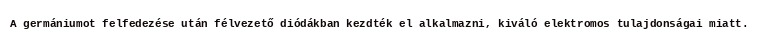
A germániumot felfedezése után félvezető diódákban kezdték el alkalmazni, kiváló elektromos tulajdonságai miatt.